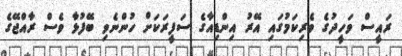
ރައީސް ވަހީދުގެ ވެރިކަމުގައި އޭރު އިންޑިއާގެ ސަފީރަކަށް ހުންނެވި ބޭފުޅާ ވެސް ރާއްޖޭގެ